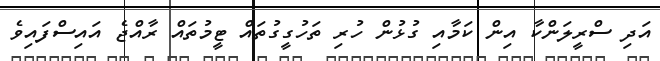
އަދި ސްރީލަންކާ އިން ކަމާއި ގުޅުން ހުރި ތަހުގީގުތައް ޓީމުތައް ރާއްޖެ އައިސްފައިވެ